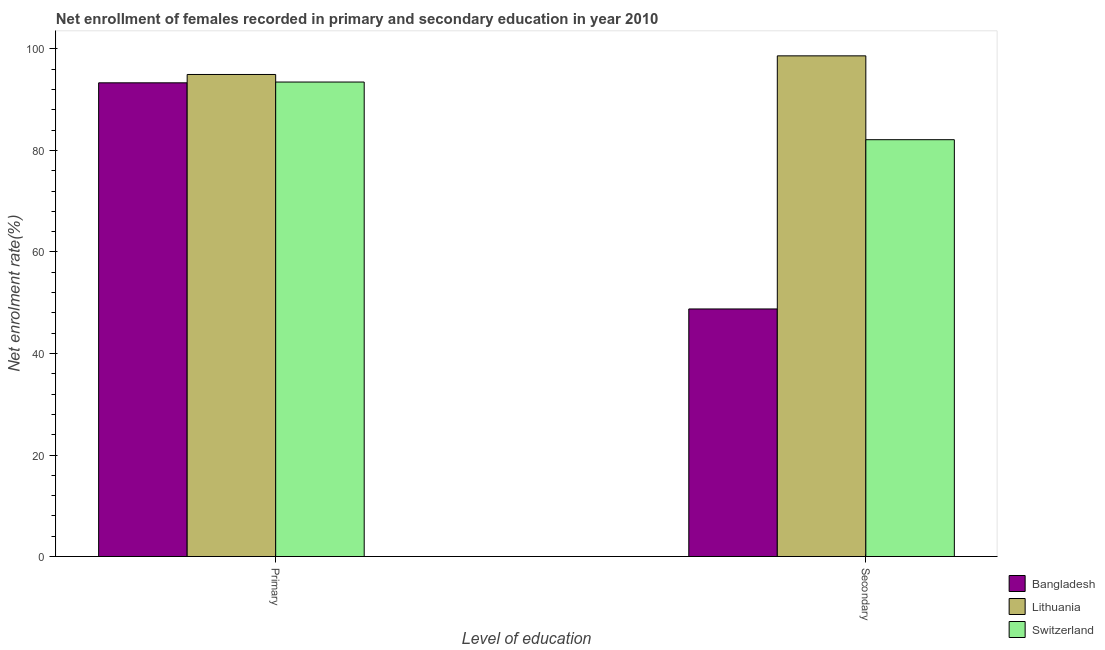
| Level of education | Bangladesh | Lithuania | Switzerland |
 | --- | --- | --- | --- |
 | Primary | 93.3 | 95 | 93.5 |
 | Secondary | 48.8 | 98.6 | 82.1 |